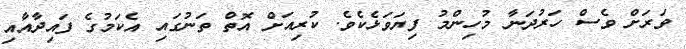
ވަރަށް ވެސް ހަރުދަނާ މުހިންމު ފިޔަވަޅެކެވެ. ކުރިއަށް އޮތް ތަނުގައި އެކަމުގެ ފައިދާއާއި